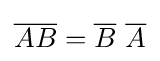
{\overline {AB}}={\overline {B}}\,\,{\overline {A}}